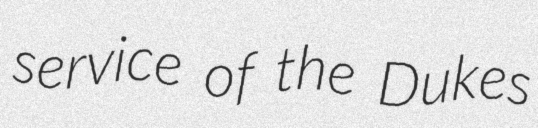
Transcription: service of the Dukes